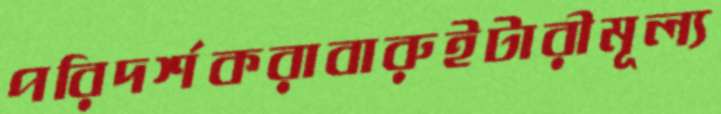
পরিদর্শকরাবারুইটারীমূল্য